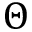
\Theta